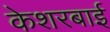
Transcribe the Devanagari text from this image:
केशरबाई